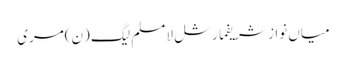
میاں نواز شریفمارشل لامسلم لیگ (ن)مری